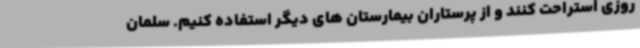
روزی استراحت کنند و از پرستاران بیمارستان های دیگر استفاده کنیم. سلمان